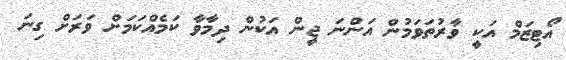
އޯޓިޒަމް އަކީ ވާރުތަވަމުން އަންނަ ޖީން އަކުން ދިމާވާ ކަމެއްކަމަށް ވަރަށް ގިނަ